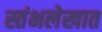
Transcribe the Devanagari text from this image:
स्तंभलेखात